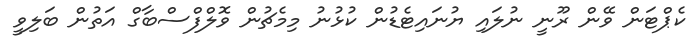
ކެޕްޓަން ވޭން ރޫނީ ނުލައި ޔުނައިޓެޑުން ކުޅުނު މިމެޗުން ވޮލްފްސްބާގް އަތުން ބަލިވީ